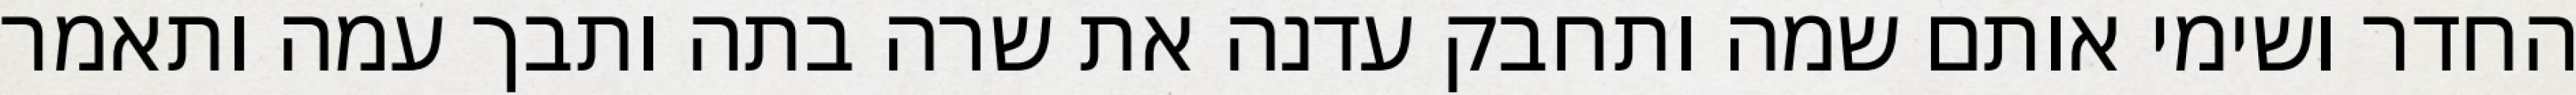
החדר ושימי אותם שמה ותחבק עדנה את שרה בתה ותבך עמה ותאמר